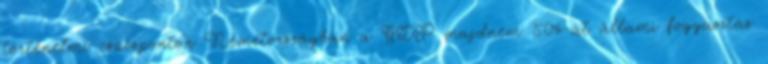
történelmi csúcsponton Németországban a GDP majdnem 50%-át állami fogyasztás